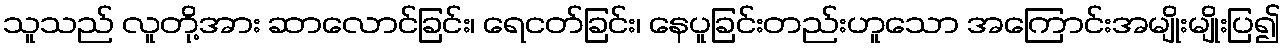
သူသည် လူတို့အား ဆာလောင်ခြင်း၊ ရေငတ်ခြင်း၊ နေပူခြင်းတည်းဟူသော အကြောင်းအမျိုးမျိုးပြ၍